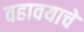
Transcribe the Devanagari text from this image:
वहावयाचें